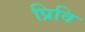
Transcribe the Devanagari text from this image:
प्रिवि